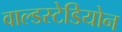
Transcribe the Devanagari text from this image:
वाल्डस्टेडियोन